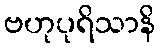
ဗဟုပုရိသာနိ